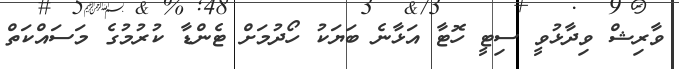
ވާރިޝް ވިދާޅުވީ ސިޓީ ހޮޓާ އަޅާނެ ބަޔަކު ހޯދުމަށް ޓެންޑާ ކުރުމުގެ މަސައްކަތް